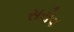
સરોવ